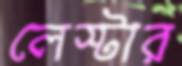
লেস্টার